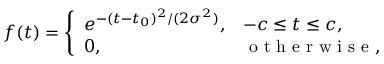
f ( t ) = \left\{ \begin{array} { l l } { e ^ { - ( t - t _ { 0 } ) ^ { 2 } / ( 2 \sigma ^ { 2 } ) } , } & { - c \le t \le c , } \\ { 0 , } & { \mathrm { ~ o ~ t ~ h ~ e ~ r ~ w ~ i ~ s ~ e ~ } , } \end{array} \right.